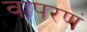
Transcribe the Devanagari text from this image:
वापरणं